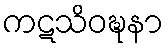
ကဋသိဝဍ္ဎနာ